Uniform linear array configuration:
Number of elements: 48
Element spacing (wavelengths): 0.5
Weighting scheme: blackman
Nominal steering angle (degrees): -15
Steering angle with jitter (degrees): -14.701
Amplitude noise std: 0.05
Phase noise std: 0.05

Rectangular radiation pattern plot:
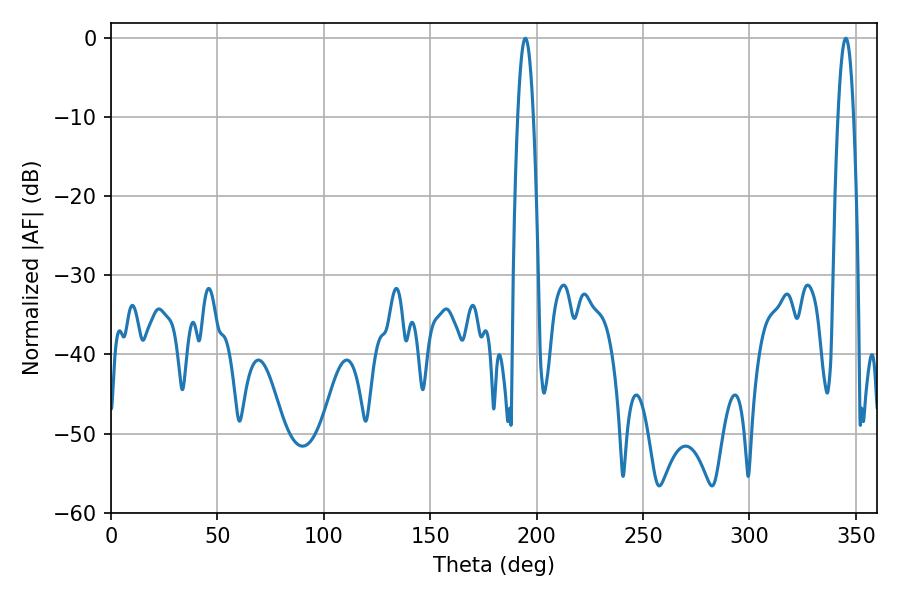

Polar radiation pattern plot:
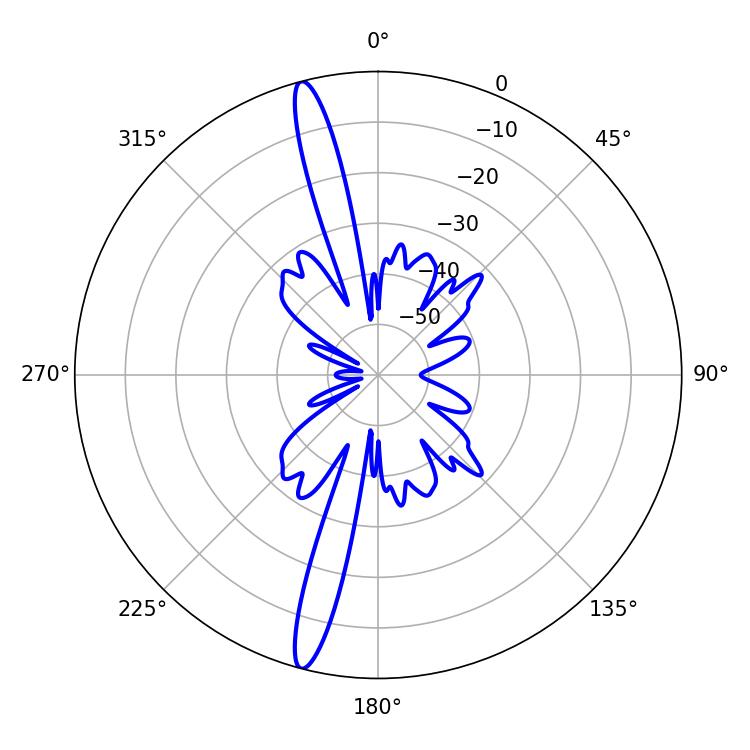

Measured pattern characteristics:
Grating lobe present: FALSE
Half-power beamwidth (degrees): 3.96
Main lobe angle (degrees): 194.76